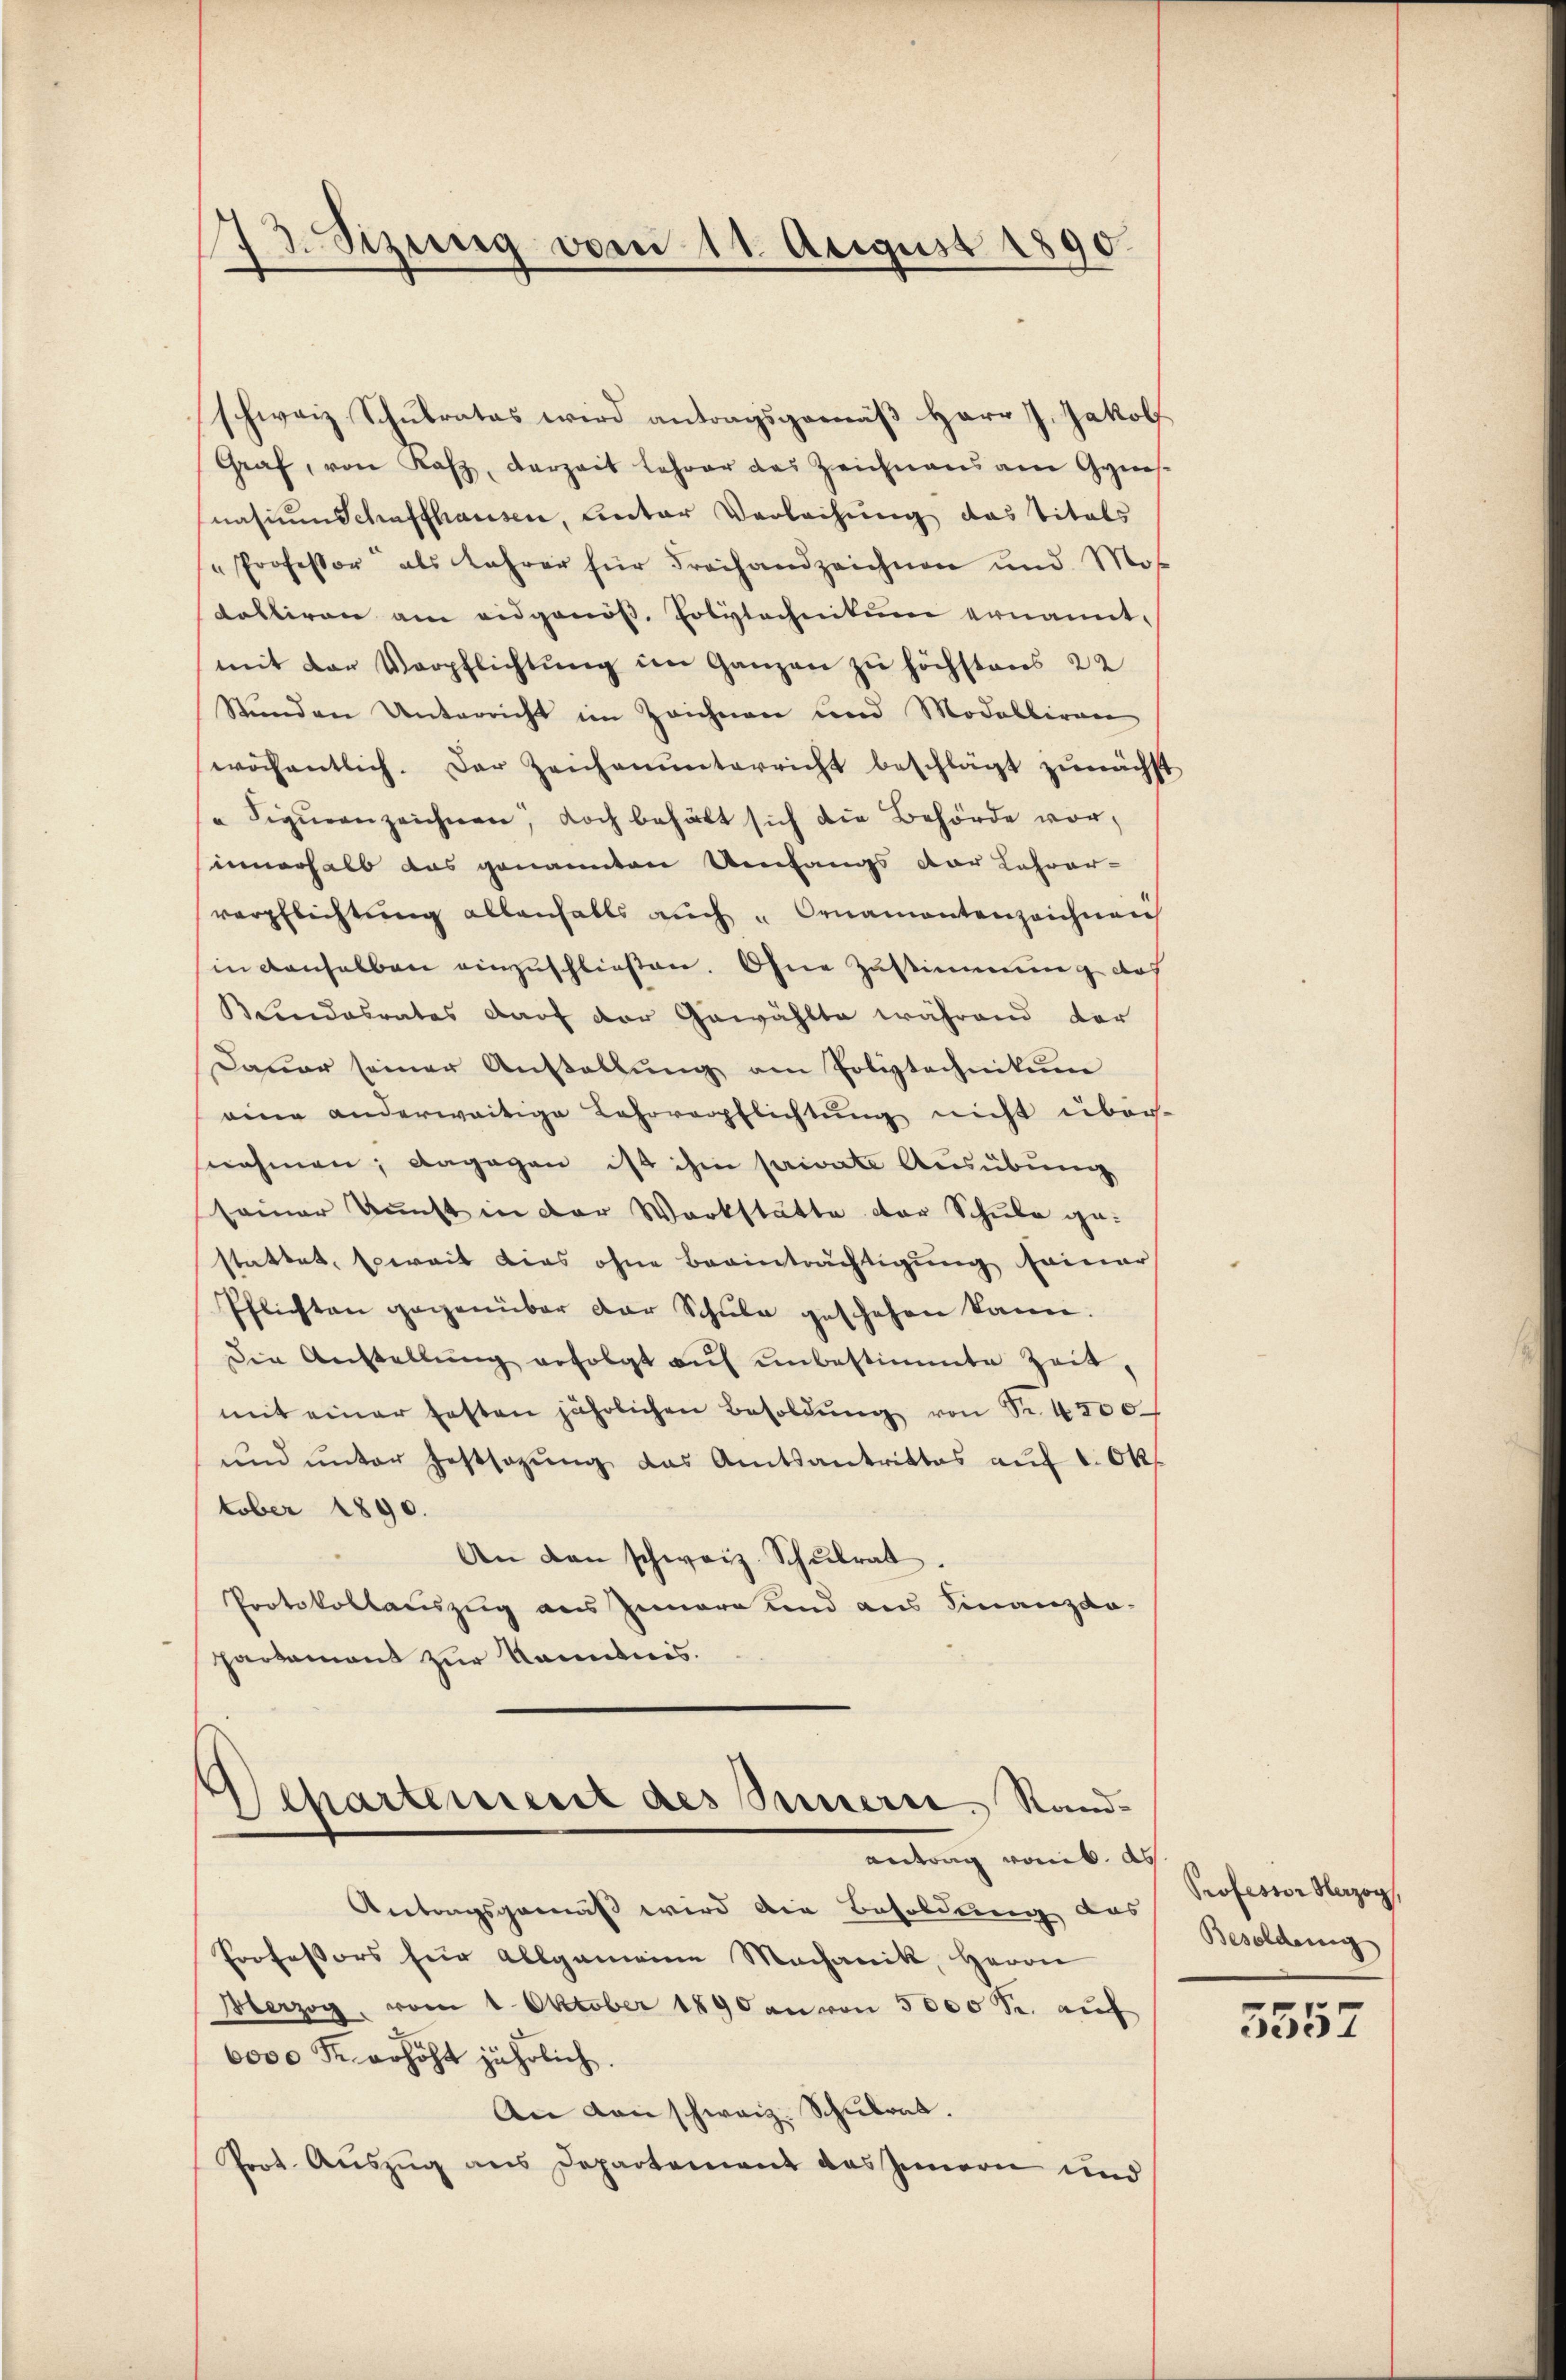
73. Sezung vom 11. August 1890.
—

schweiz Schulrates wird antragsgemäß Herr J. Jakob
Graf, von Kas, derzeit Lehrer das Zeichnens am Gym-
nasmen Schaffhausen, Unter Verleihung das Titels
" Professor als Lehrer für Freihandzeichnen und Mos
kalliren am eidgenöβ. Polytechnikum ernannt,
mit der Verpflichtung im Ganzen zu höchstens 22
Stunden Unterricht im Zeichnen und Modalbiren
wöchentlich. Der Zeichnunterricht beschlägt zunächst
diquenzeichnen, doch behält sich die Behörde vor,
innerhalb das genannten Umfangs der Lehrer-
verpflichtung allenfalls auch u Ornamentenzeichnen
in denselben einzuschließen. Ohne Zustimmung doch
Beendesrates darf der Gewählte während der
Dauer seiner Anstellung am Poliztechnikum
eine anderweitige Lehrverpflichtung nicht übersnahmen; dagegen ist ihm private Ausübung
seiner Kunst in der Werkstätte der Schule gestattet, soweit dies ohne Beeinträchtigŭng seiner
Pflichten gegenüber der Schule geschehen kann.
Die Anstellŭng erfolgt aŭf ŭnbestimmte Zeit,
mit einer festen jährlichen Besoldŭng von Nr. 4200
und unter Festsazung das Amtsantrittes auf 1. Ok
tober 1890.
An den schweiz. Schŭlrat.
Protokollauszug aus Innere und aus Finanzdo-
partement zur Kenntnis.

Departement des Innern, Sandantrag vomik. ds

Antragsgemäß wird die Besoldung das
Professors für allgemeine Machanik, Herrn
Herzog, vom 1. Oktober 1890 an von 5000 Fr. auf
6000 R. erhöht jährlich.
An den schweiz. Schulrat.
Prot. Auszug aus Departement das Innern und

Professor Herzog,
Besoldung

3557